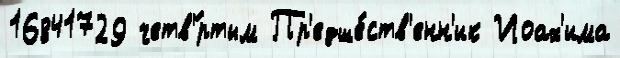
16841729 четв'́ртым Пр'едше́ств'енн'ик Иоах'има